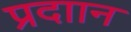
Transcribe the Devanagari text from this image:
प्रदाान